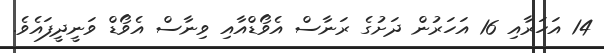
14 އަހަރާއި 16 އަހަރުން ދަށުގެ ރަނާސް އެވޯޑްއާއި ވިނާސް އެވޯޑް ވަނީދީފައެވެ.